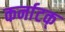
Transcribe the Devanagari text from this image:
कर्नाटक्